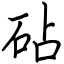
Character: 砧